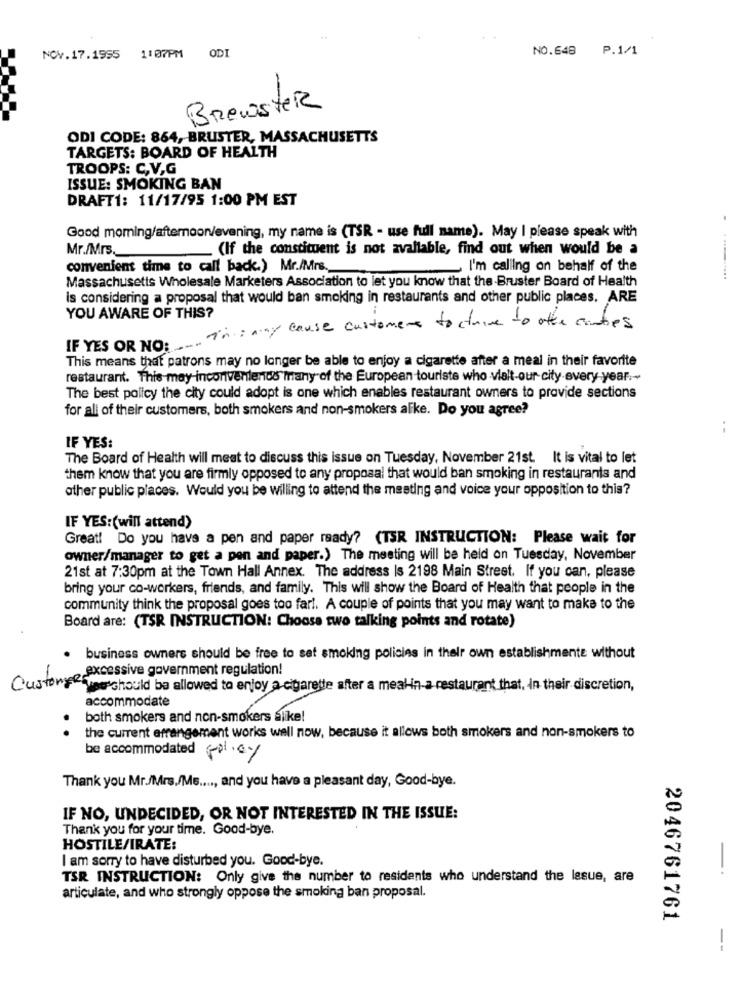
NO.648 P.1/1
NOV.17.1955 1:07PM
ODI
Brewster
ODI CODE: 864, BRUSTER, MASSACHUSETTS
TARGETS: BOARD OF HEALTH
TROOPS: C,V,G
ISSUE: SMOKING BAN
DRAFT1: 11/17/95 1:00 PM EST
Good moming/afternoon/evening, my name is (TSR - use full name). May I please speak with
Mr./Mrs.
(If the constituent is not available, find out when would be a
convenient time to call back.) Mr./Mrs.
I'm calling on behalf of the
Massachusetts Wholesale Marketers Association to let you know that the -Bruster Board of Health
is considering a proposal that would ban smoking in restaurants and other public places. ARE
YOU AWARE OF THIS?
in : may cause customers to strive to other cantes
IF YES OR NO:
This means that patrons may no longer be able to enjoy a cigarette after a meal in their favorite
restaurant. This may inconveniend' many of the European touriste who vialt-our city every year .-
The best policy the city could adopt is one which enables restaurant owners to provide sections
for all of their customers, both smokers and non-smokers alike. Do you agree?
--
IF YES:
The Board of Health will meet to discuss this issue on Tuesday, November 21st. It is vital to let
them know that you are firmly opposed to any proposal that would ban smoking in restaurants and
other public places. Would you be willing to attend the meeting and voice your opposition to this?
IF YES: (will attend)
Great! Do you have a pen and paper ready? (TSR INSTRUCTION: Please wait for
owner/manager to get a pen and paper.) The meeting will be held on Tuesday, November
21st at 7:30pm at the Town Hall Annex. The address Is 2198 Main Street. If you can, please
bring your co-workers, friends, and family. This will show the Board of Health that people in the
community think the proposal goes too far !. A couple of points that you may want to make to the
Board are: (TSR INSTRUCTION: Choose two talking points and rotate)
business owners should be free to sat smoking policies in their own establishmente without
excessive government regulation!
Custonye yporshould be allowed to enjoy a cigarette after a mealin-a restaurant that, in their discretion,
accommodate
both smokers and non-smokers alike!
the current arrangement works well now, because it allows both smokers and non-smokers to
be accommodated (pl.c.y
Thank you Mr./Mrs./Ms ...., and you have a pleasant day, Good-bye.
IF NO, UNDECIDED, OR NOT INTERESTED IN THE ISSUE:
Thank you for your time. Good-bye.
HOSTILE/IRATE:
I am sorry to have disturbed you. Good-bye.
TSR INSTRUCTION: Only give the number to residents who understand the lesue, are
articulate, and who strongly oppose the smoking ban proposal.
2046761761
-